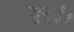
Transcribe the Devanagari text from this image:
जुटाईं।